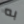
به